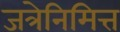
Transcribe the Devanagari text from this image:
जत्रेनिमित्त